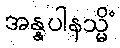
အန္နပါနသ္မိံ